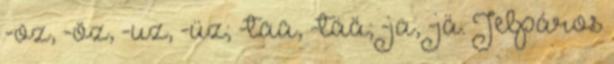
-oz, -öz, -uz, -üz; -taa, -tää; -ja, -jä. Jelpáros